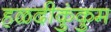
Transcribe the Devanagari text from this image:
हळदीकुंकुम